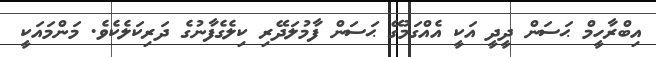
އިބްރާހީމް ޙަސަން ދީދީ އަކީ އެއްގަމުގޭ ޙަސަން ފާމުލަދޭރި ކިލެގެފާނުގެ ދަރިކަލެކެވެ. މަންމައަކީ